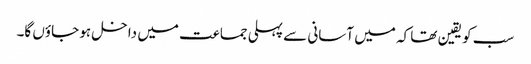
سب کو یقین تھا کہ میں آسانی سے پہلی جماعت میں داخل ہو جاؤں گا۔